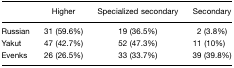
<table><thead><tr><td></td><td><b>Higher</b></td><td><b>Specialized secondary</b></td><td><b>Secondary</b></td></tr></thead><tbody><tr><td>Russian</td><td>31 (59.6%)</td><td>19 (36.5%)</td><td>2 (3.8%)</td></tr><tr><td>Yakut</td><td>47 (42.7%)</td><td>52 (47.3%)</td><td>11 (10%)</td></tr><tr><td>Evenks</td><td>26 (26.5%)</td><td>33 (33.7%)</td><td>39 (39.8%)</td></tr></tbody></table>